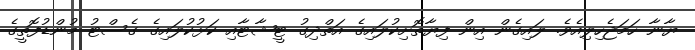
ޔާނާ ހަމަޖެހިލިއެވެ. ލައިގެން އިން ފިޔާތޮށިކުލައިގެ އަތްދިގު ޓީޝާޓާއި ކަޅުކުލައިގެ ގެސްޓު މުންޑުފޮތީގެ